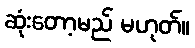
ဆုံးတော့မည် မဟုတ်။